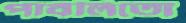
পাবলিতো